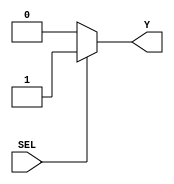
module MOD_Mux_2a1_SumRest(
    input SEL,
    output Y
    );
    
    assign Y = SEL ? 1'b1 : 1'b0; //EL acarreo de entrada del sumador es 0 o 1 segn la operacin por realizar.

endmodule